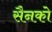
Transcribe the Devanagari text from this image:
सैनको